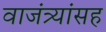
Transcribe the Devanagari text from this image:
वाजंत्र्यांसह